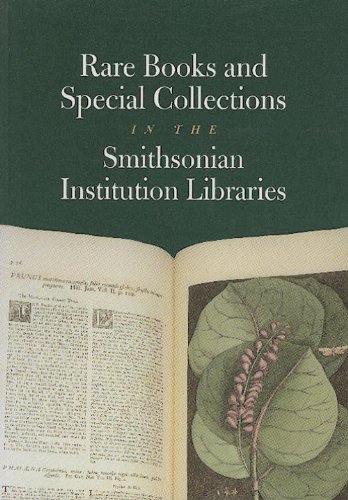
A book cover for Rare Books and Special Collections in the Smithsonian Institution Libraries; Smithsonian Institution Libraries; Crafts, Hobbies & Home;